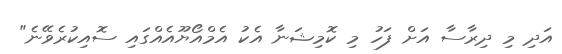
އަދި މި ދިރާސާ އަށް ފަހު މި ކޮމިޝަނާ އެކު އެމްއޯޔޫއެއްގައި ސޮއިކުރެވޭނެ"